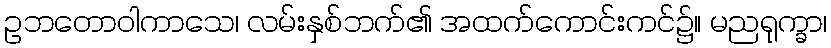
ဥဘတောဝါကာသေ၊ လမ်းနှစ်ဘက်၏ အထက်ကောင်းကင်၌။ မညရုက္ခာ၊